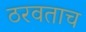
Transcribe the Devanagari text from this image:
ठरवताच